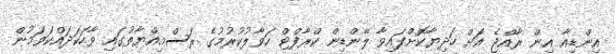
އިންޑިއާ އިން ރާއްޖެ އަށް ހަދިޔާކޮށްފައިވާ ލޭންޑިން ކްރާފްޓް ހަވާލުކުރުމުގެ ރަސްމިއްޔާތުގައި ވާހަކަދައްކަވަމުން